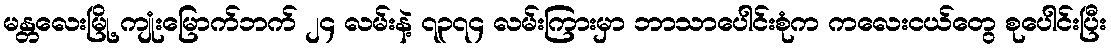
မန္တလေးမြို့ ကျုံးမြောက်ဘက် ၂၄ လမ်းနဲ့ ၇၃၇၄ လမ်းကြားမှာ ဘာသာပေါင်းစုံက ကလေးငယ်တွေ စုပေါင်းပြီး